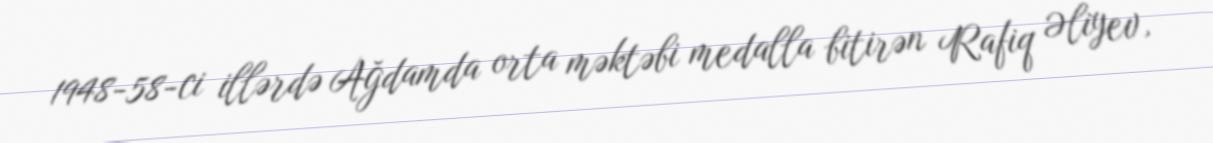
1948-58-ci illərdə Ağdamda orta məktəbi medalla bitirən Rafiq Əliyev,